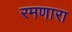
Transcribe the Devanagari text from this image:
रमणारा